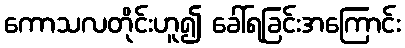
ကောသလတိုင်းဟူ၍ ခေါ်ရခြင်းအကြောင်း